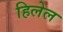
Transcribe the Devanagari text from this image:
हिलेल